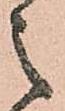
之